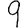
Digit: 9